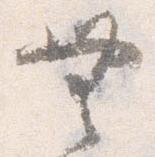
無